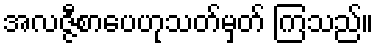
အလဇ္ဇီစာပေဟုသတ်မှတ် ကြသည်။